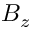
B _ { z }